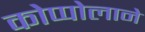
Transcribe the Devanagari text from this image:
कोप्पोलाने